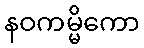
နဝကမ္မိကော